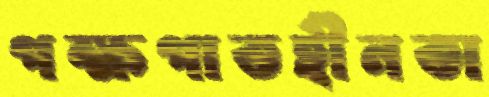
পক্ষপাতহীনতা